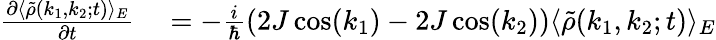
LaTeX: \begin{array}{rl}{\frac{\partial\langle\tilde{\rho}(k_{1},k_{2};t)\rangle_{E}}{\partial t}}&{{}=-\frac{i}{\hbar}(2J\cos(k_{1})-2J\cos(k_{2}))\langle\tilde{\rho}(k_{1},k_{2};t)\rangle_{E}}\end{array}